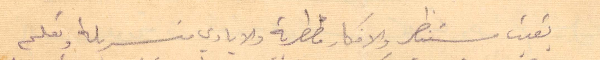
بقيت مستنظر والأفكار مضطربة والايادي متسربلة وتعلم